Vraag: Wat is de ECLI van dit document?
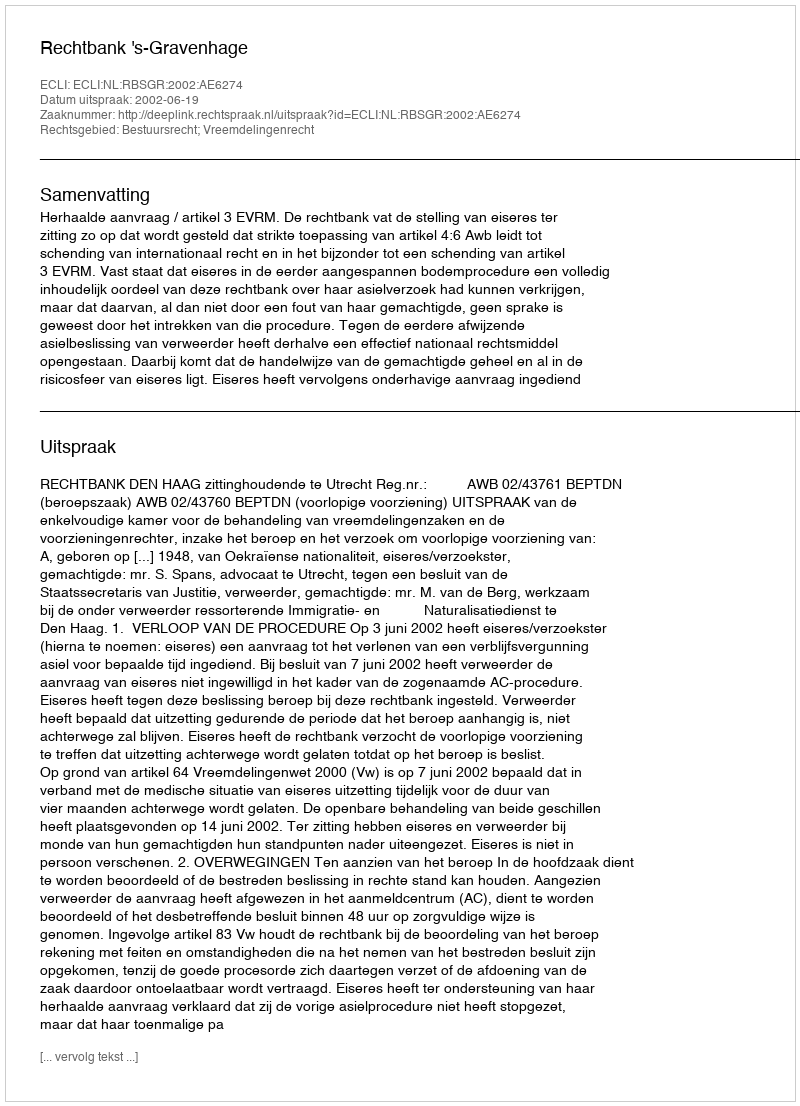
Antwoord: ECLI:NL:RBSGR:2002:AE6274